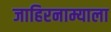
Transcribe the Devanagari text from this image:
जाहिरनाम्याला